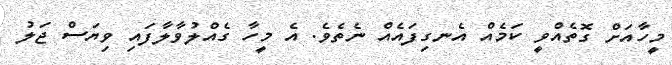
މީހާއަށް ގޮތެއްވީ ކަމެއް އެނގިފައެއް ނެތެވެ. އެ މީހާ ގެއްލުވާލާފައި ވިޔަސް ޖަލު